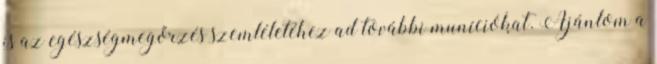
is az egészségmegőrzés szemléletéhez ad további muníciókat. Ajánlom a